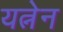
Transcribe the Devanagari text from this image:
यत्नेन